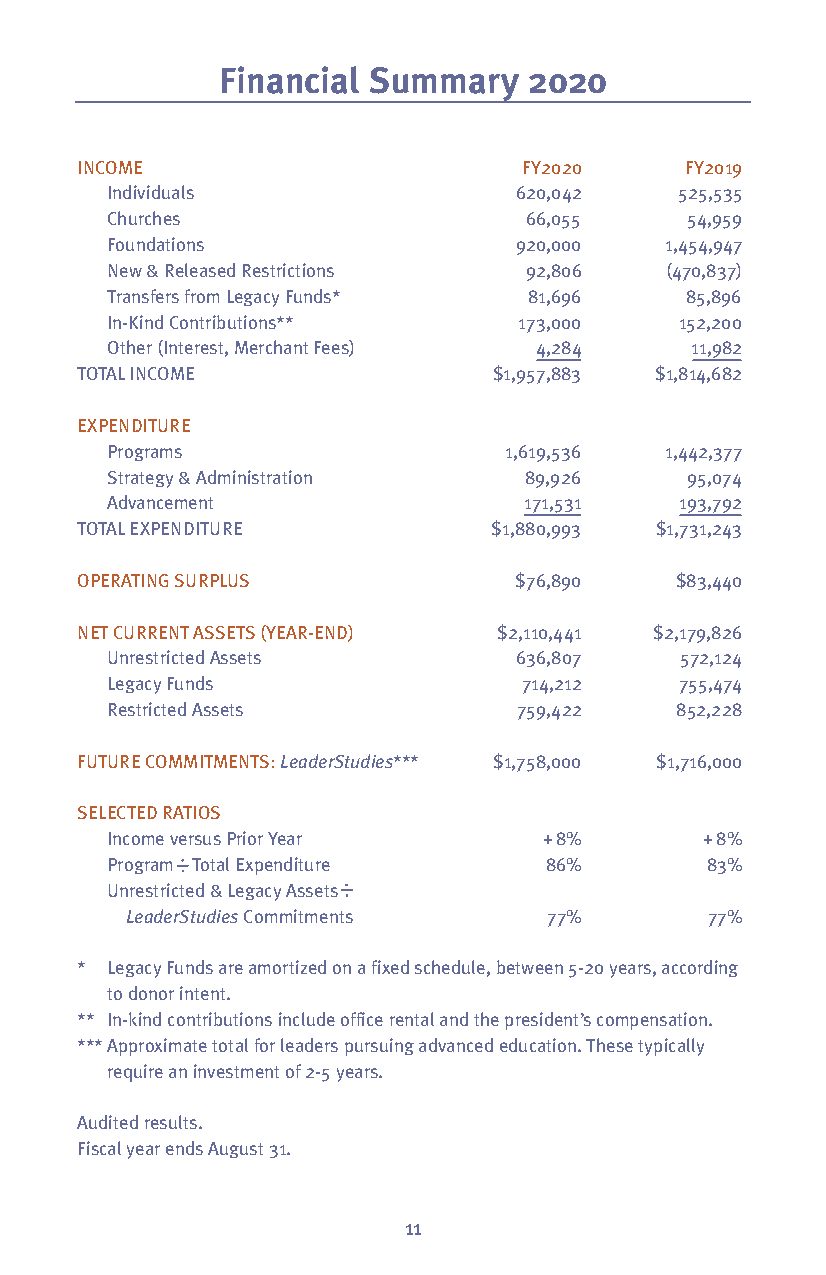
Financial Summary    2020
 INCOME                        FY2020    FY2019
 Individuals                620,042    525,535
 Churches                    66,055    54,959
 Foundations                920,000   1,454,947
 New & Released Restrictions 92,806   (470,837)
 Transfers from Legacy Funds* 81,696   85,896
 In-Kind Contributions**    173,000    152,200
 Other (Interest, Merchant Fees) 4,284  11,982
 TOTAL INCOME                $1,957,883 $1,814,682
 EXPENDITURE
 Programs                  1,619,536  1,442,377
 Strategy & Administration   89,926    95,074
 Advancement                 171,531   193,792
 TOTAL EXPENDITURE          $1,880,993 $1,731,243
 OPERATING SURPLUS            $76,890    $83,440
 NET CURRENT ASSETS (YEAR-END) $2,110,441 $2,179,826
 Unrestricted Assets        636,807    572,124
 Legacy Funds               714,212    755,474
 Restricted Assets          759,422    852,228
 FUTURE COMMITMENTS:LeaderStudies*** $1,758,000 $1,716,000
 SELECTED RATIOS
 Income versus Prior Year     +8%        +8%
 Program Total Expenditure    86%        83%
 Unrestricted & Legacy Assets
 LeaderStudiesCommitments    77%        77%
 * Legacy Funds are amortized on a fixed schedule, between 5-20 years, according
 to donor intent.
 ** In-kind contributions include office rental and the president’s compensation.
 ***Approximate total for leaders pursuing advanced education. These typically
 require an investment of 2-5 years.
 Audited results.
 Fiscal year ends August 31.
 11